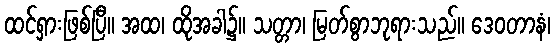
ထင်ရှားဖြစ်ပြီ။ အထ၊ ထိုအခါ၌။ သတ္တာ၊ မြတ်စွာဘုရားသည်။ ဒေဝတာနံ၊